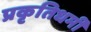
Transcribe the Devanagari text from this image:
प्रकृतिधर्मी